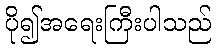
ပို၍အရေးကြီးပါသည်